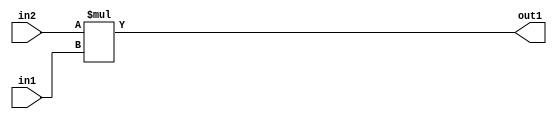
`timescale 1ps / 1ps
/*****************************************************************************
    Verilog RTL Description
    
    
    Created by: Stratus DpOpt 2019.1.01 
*******************************************************************************/

module DC_Filter_Mul_9Ux4U_12U_1 (
	in2,
	in1,
	out1
	); /* architecture "behavioural" */ 
input [8:0] in2;
input [3:0] in1;
output [11:0] out1;
wire [11:0] asc001;

assign asc001 = 
	+(in2 * in1);

assign out1 = asc001;
endmodule

/* CADENCE  ubD4Qwo= : u9/ySgnWtBlWxVPRXgAZ4Og= ** DO NOT EDIT THIS LINE ******/